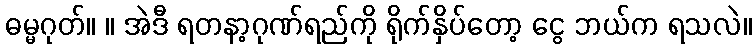
ဓမ္မဂုတ်။ ။ အဲဒီ ရတနာ့ဂုဏ်ရည်ကို ရိုက်နှိပ်တော့ ငွေ ဘယ်က ရသလဲ။